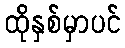
ထိုနှစ်မှာပင်